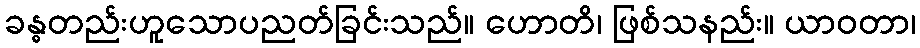
ခန္ဓတည်းဟူသောပညတ်ခြင်းသည်။ ဟောတိ၊ ဖြစ်သနည်း။ ယာဝတာ၊